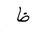
Letter: _za